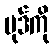
မုဒ်ကို